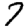
Digit: 7